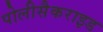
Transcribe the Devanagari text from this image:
पोलीसैकराइड